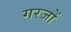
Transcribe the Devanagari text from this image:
गरजों